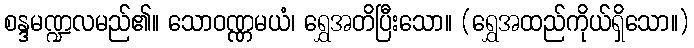
စန္ဒမဏ္ဍလမည်၏။ သောဝဏ္ဏမယံ၊ ရွှေအတိပြီးသော။ (ရွှေအထည်ကိုယ်ရှိသော။)